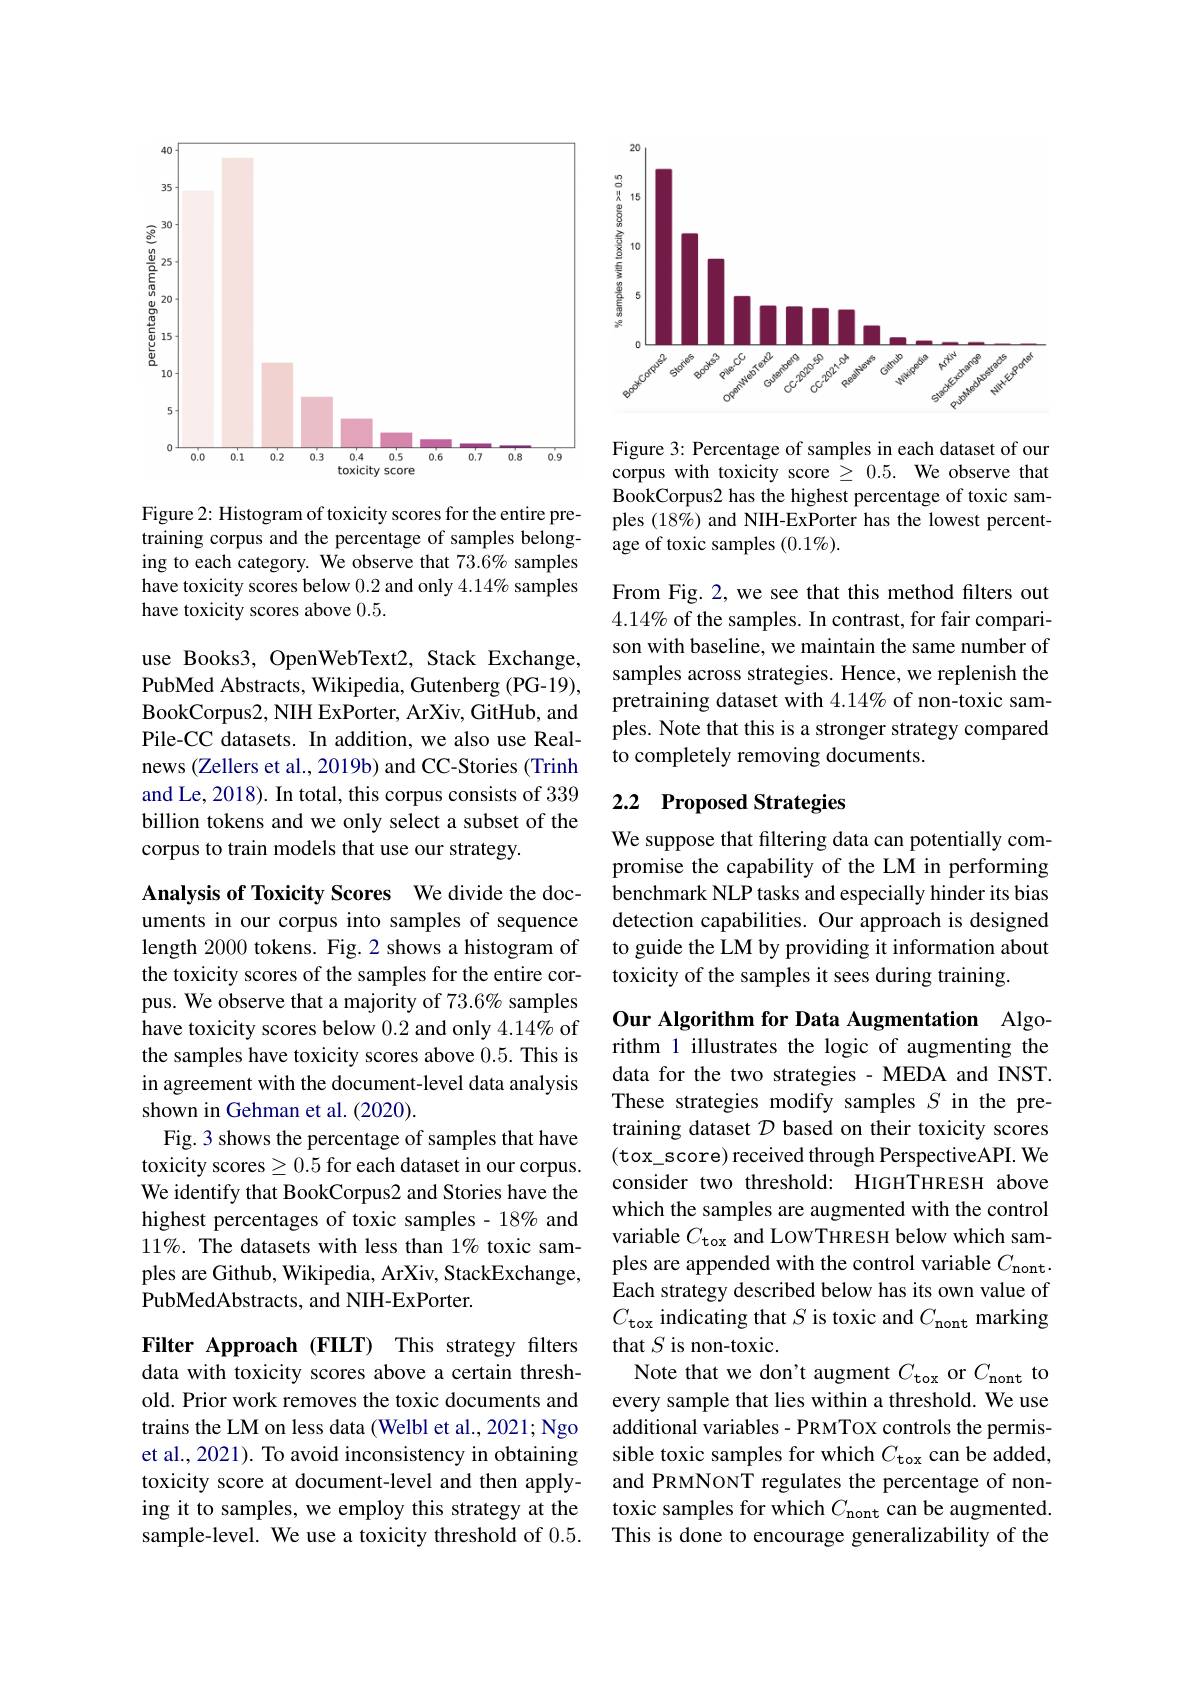
<FigureHere>

Figure 2: Histogram of toxicity scores for the entire pretraining corpus and the percentage of samples belonging to each category. We observe that 73.6% samples have toxicity scores below 0.2 and only 4.14% samples have toxicity scores above 0.5.

use Books3, OpenWebText2, Stack Exchange, PubMed Abstracts, Wikipedia, Gutenberg (PG-19), BookCorpus2, NIH ExPorter, ArXiv, GitHub, and Pile-CC datasets. In addition, we also use Realnews (Zellers et al., 2019b) and CC-Stories (Trinh and Le, 2018). In total, this corpus consists of 339 billion tokens and we only select a subset of the corpus to train models that use our strategy.

Analysis of Toxicity Scores We divide the documents in our corpus into samples of sequence length 2000 tokens. Fig. 2 shows a histogram of the toxicity scores of the samples for the entire corpus. We observe that a majority of 73.6% samples have toxicity scores below 0.2 and only 4.14% of the samples have toxicity scores above 0.5. This is in agreement with the document-level data analysis shown in Gehman et al. (2020).
Fig. 3 shows the percentage of samples that have toxicity scores$\geq0.5$ for each dataset in our corpus. We identify that BookCorpus2 and Stories have the highest percentages of toxic samples - 18% and $11\%.$ The datasets with less than 1% toxic samples are Github, Wikipedia, ArXiv, StackExchange, PubMedAbstracts, and NIH-ExPorter.

Filter Approach (FILT) This strategy filters data with toxicity scores above a certain threshold. Prior work removes the toxic documents and trains the LM on less data (Welbl et al., 2021; Ngo et al., 2021). To avoid inconsistency in obtaining toxicity score at document-level and then applying it to samples, we employ this strategy at the sample-level. We use a toxicity threshold of 0.5.

<FigureHere>

Figure 3: Percentage of samples in each dataset of our corpus with toxicity score $\geq0.5.$ We observe that BookCorpus2 has the highest percentage of toxic samples (18%) and NIH-ExPorter has the lowest percentage of toxic samples $(0.1\%).$

From Fig. 2, we see that this method filters out $4.14\%$ of the samples. In contrast, for fair comparison with baseline, we maintain the same number of samples across strategies. Hence, we replenish the pretraining dataset with 4.14% of non-toxic samples. Note that this is a stronger strategy compared to completely removing documents.

# 2.2 Proposed Strategies

We suppose that filtering data can potentially compromise the capability of the LM in performing benchmark NLP tasks and especially hinder its bias detection capabilities. Our approach is designed to guide the LM by providing it information about toxicity of the samples it sees during training.

Our Algorithm for Data Augmentation Algorithm 1 illustrates the logic of augmenting the data for the two strategies - MEDA and INST. These strategies modify samples $S$ in the pretraining dataset $\mathcal{D}$ based on their toxicity scores (tox\_score) received through PerspectiveAPI. We consider two threshold: HIGHTHRESH above which the samples are augmented with the control variable $C_\mathrm{tox}$ and LowTHRESH below which samples are appended with the control variable $C_\mathrm{nont}.$ Each strategy described below has its own value of $C_{\mathrm{tox}}$ indicating that $S$ is toxic and $C_\mathrm{nont}$ marking that $S$ is non-toxic.
Note that we don't augment $C_\mathrm{tox}$ or $C_\mathrm{nont}$ to every sample that lies within a threshold. We use additional variables- PRMTOX controls the permissible toxic samples for which $C_\mathrm{tox}$ can be added and PRMNONT regulates the percentage of nontoxic samples for which $C_\mathrm{nont}$ can be augmented. This is done to encourage generalizability of the